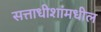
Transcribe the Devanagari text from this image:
सत्ताधीशांमधील